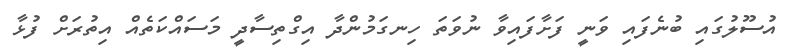
އުސޫލުގައި ބުނެފައި ވަނީ ފަށާފައިވާ ނުވަތަ ހިނގަމުންދާ އިގްތިސާދީ މަސައްކަތެއް އިތުރަށް ފުޅާ